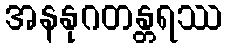
အနနုဂတန္တရဿ